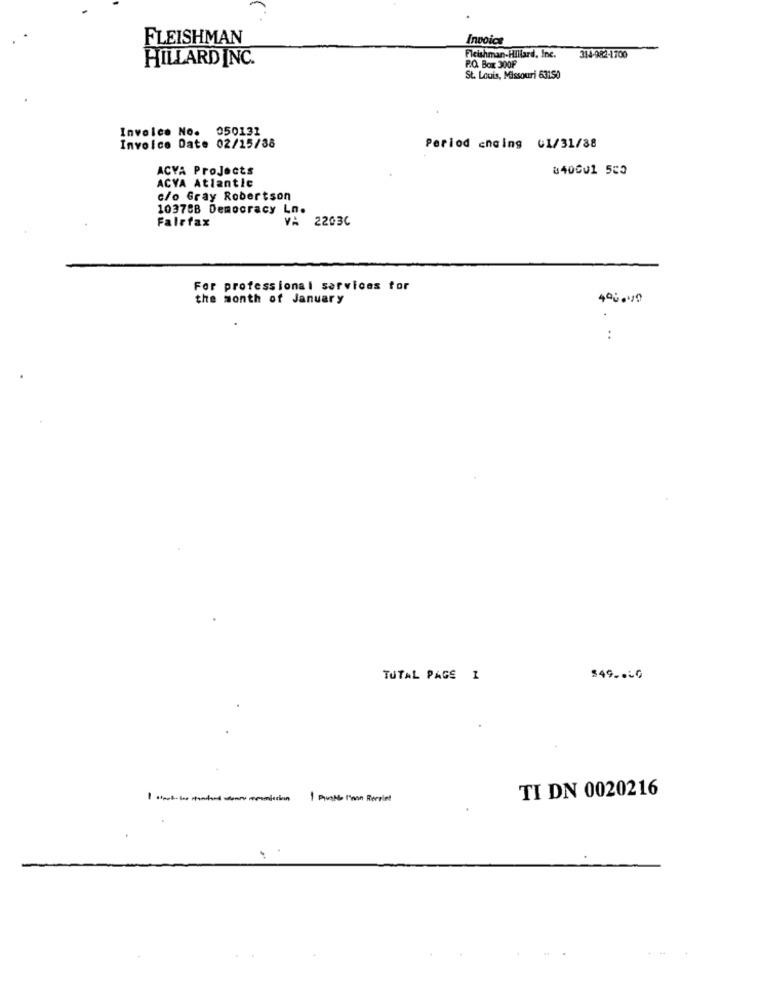
FLEISHMAN
Invoice
HILLARD INC.
Fleishman-Hillard, Inc.
314-982-1700
P.O. Box 300F
St. Louis, Missouri 63150
Involes No. 050131
Invoice Date 02/15/38
Period encing 61/31/88
ACVA Projects
840001 5c3
ACYA Atlantic
c/o Gray Robertson
10378B Democracy Ln.
Fairfax
2203C
For professional services for
the month of January
4ºc.v0
..
TUTAL PAGE 1
$49 .. 50
TI DN 0020216
1 Punto I'mon Recriet